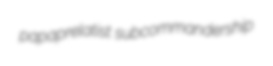
papaprelatist subcommandership